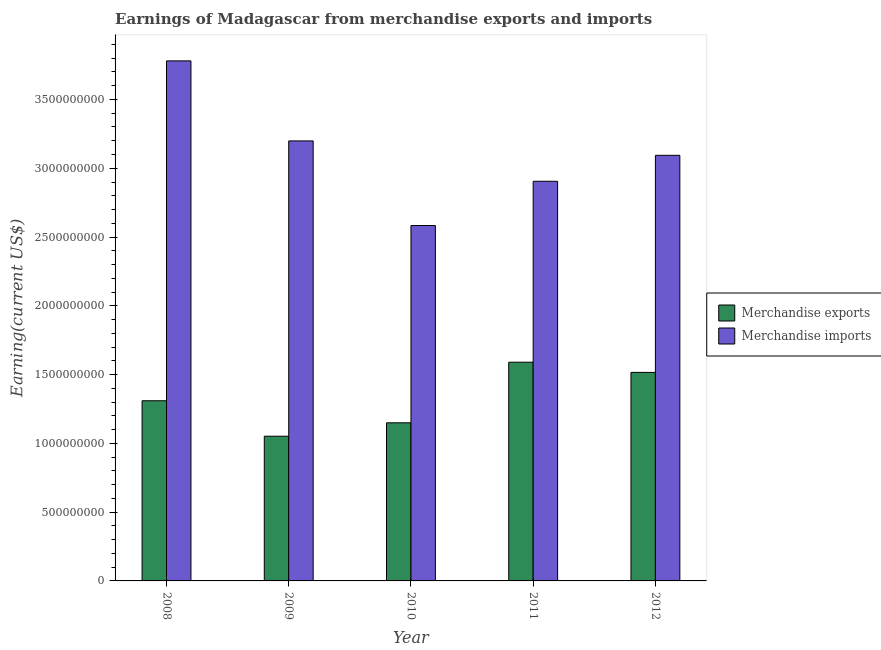
| Year | Merchandise exports | Merchandise imports |
 | --- | --- | --- |
 | 2008 | 1.31e+09 | 3.78e+09 |
 | 2009 | 1.05e+09 | 3.2e+09 |
 | 2010 | 1.15e+09 | 2.58e+09 |
 | 2011 | 1.59e+09 | 2.91e+09 |
 | 2012 | 1.52e+09 | 3.09e+09 |